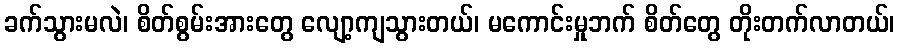
ခက်သွားမလဲ၊ စိတ်စွမ်းအားတွေ လျော့ကျသွားတယ်၊ မကောင်းမှုဘက် စိတ်တွေ တိုးတက်လာတယ်၊